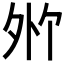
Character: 𪤸